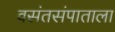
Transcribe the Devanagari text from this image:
वसंतसंपाताला